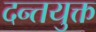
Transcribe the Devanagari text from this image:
दन्तयुक्त